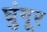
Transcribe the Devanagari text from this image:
घुंगूर